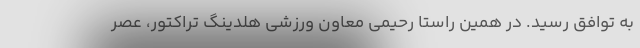
به توافق رسید. در همین راستا رحیمی معاون ورزشی هلدینگ تراکتور، عصر